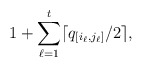
\begin{align*}1 + \sum_{\ell=1}^t \lceil q_{[i_{\ell},j_{\ell}]} / 2 \rceil \text,\end{align*}